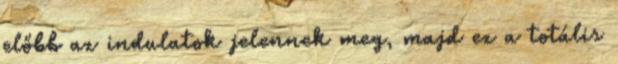
előbb az indulatok jelennek meg, majd ez a totális